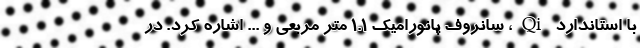
با استاندارد Qi، سانروف پانورامیک 1.1 متر مربعی و ... اشاره کرد. در